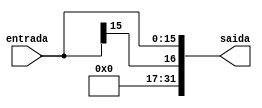
`timescale 1ns / 1ps
//////////////////////////////////////////////////////////////////////////////////
// Company: 
// Engineer: 
// 
// Design Name: 
// Module Name: SinaldeExtensao
// Project Name: 
// Target Devices: 
// Tool Versions: 
// Description: 
// 
// Dependencies: 
// 
// Revision:
// Revision 0.01 - File Created
// Additional Comments:
// 
//////////////////////////////////////////////////////////////////////////////////


module SinaldeExtensao(
    input [15:0] entrada,
    output wire [31:0] saida
    );
    
    assign saida[15:0] = entrada[15:0];
    assign saida[31:16] = entrada[15];

endmodule